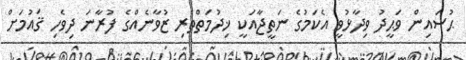
ޙުސައިން ވަޙީދު ވިދާޅުވީ އެކަމުގެ ނަތީޖާއަކީ ޚިދުމަތްތެރި ޒުވާނެއްގެ ފުރާނަ ދިވެހި ޤައުމަށް